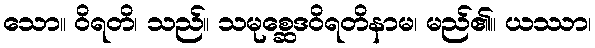
သော။ ဝိရတိ၊ သည်။ သမုစ္ဆေဒဝိရတိနာမ၊ မည်၏။ ယဿာ၊